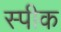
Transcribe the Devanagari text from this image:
स्‍पीक